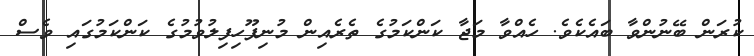
ކުރަން ބޭނުންވާ ބައެކެވެ. ހެއްވާ މަޖާ ކަންކަމުގެ ތެރެއިން މުނިފޫހިފިލުވުމުގެ ކަންކަމުގައި ވެސް